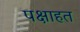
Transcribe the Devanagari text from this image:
पक्षाहत